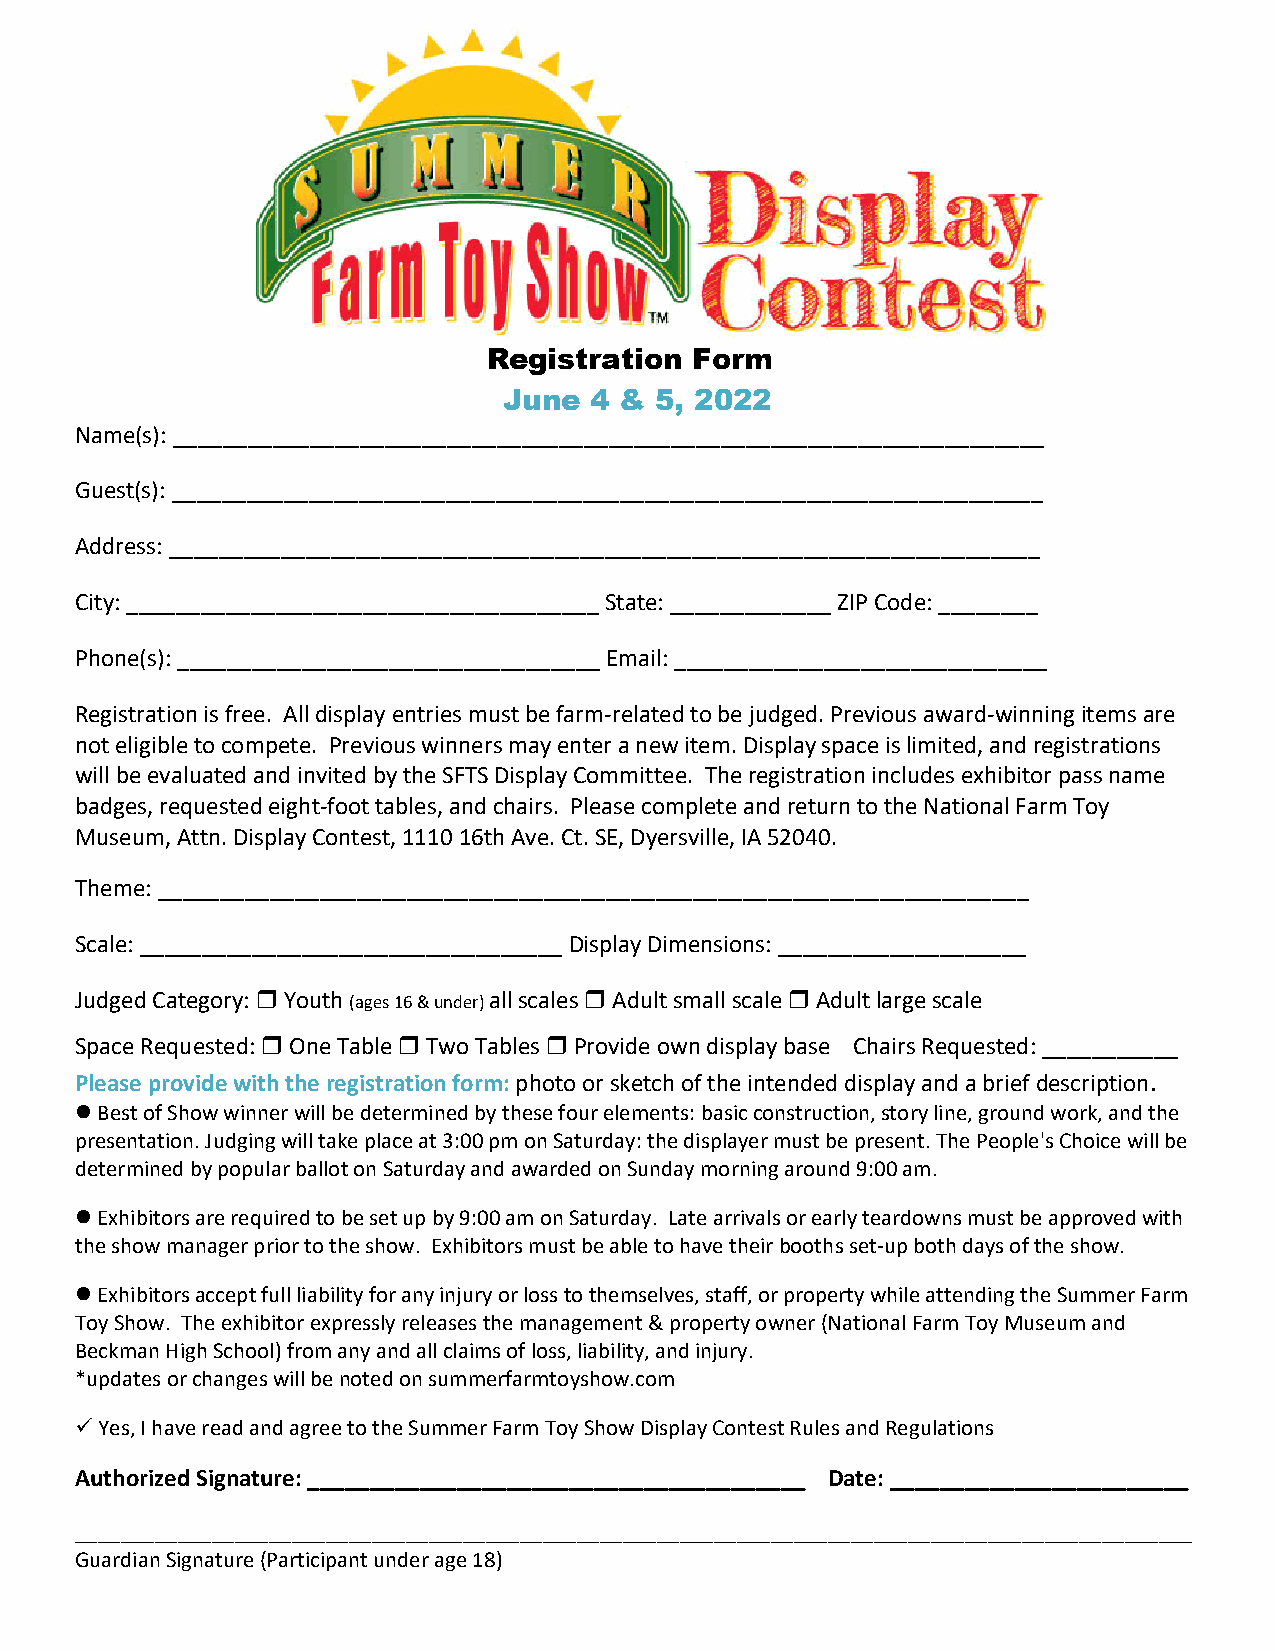
Registration  Form
 June  4 & 5, 2022
 Name(s): ______________________________________________________________________
 Guest(s): ______________________________________________________________________
 Address: ______________________________________________________________________
 City: ______________________________________ State: _____________ ZIP Code: ________
 Phone(s): __________________________________ Email: ______________________________
 Registration is free. All display entries must be farm‐related to be judged. Previous award‐winning items are
 not eligible to compete. Previous winners may enter a new item. Display space is limited, and registrations
 will be evaluated and invited by the SFTS Display Committee. The registration includes exhibitor pass name
 badges, requested eight‐foot tables, and chairs. Please complete and return to the National Farm Toy
 Museum, Attn. Display Contest, 1110 16th Ave. Ct. SE, Dyersville, IA 52040.
 Theme: ______________________________________________________________________
 Scale: __________________________________ Display Dimensions: ____________________
 Judged Category:  Youth (ages 16 & under) all scales  Adult small scale  Adult large scale
 Space Requested:  One Table  Two Tables  Provide own display base Chairs Requested: ___________
 Please provide with the registration form: photo or sketch of the intended display and a brief description.
  Best of Show winner will be determined by these four elements: basic construction, story line, ground work, and the
 presentation. Judging will take place at 3:00 pm on Saturday: the displayer must be present. The People's Choice will be
 determined by popular ballot on Saturday and awarded on Sunday morning around 9:00 am.
  Exhibitors are required to be set up by 9:00 am on Saturday. Late arrivals or early teardowns must be approved with
 the show manager prior to the show. Exhibitors must be able to have their booths set‐up both days of the show.
  Exhibitors accept full liability for any injury or loss to themselves, staff, or property while attending the Summer Farm
 Toy Show. The exhibitor expressly releases the management & property owner (National Farm Toy Museum and
 Beckman High School) from any and all claims of loss, liability, and injury.
 *updates or changes will be noted on summerfarmtoyshow.com
  Yes, I have read and agree to the Summer Farm Toy Show Display Contest Rules and Regulations
 Authorized Signature: ________________________________________ Date: ________________________
 __________________________________________________________________________________________________
 Guardian Signature (Participant under age 18)